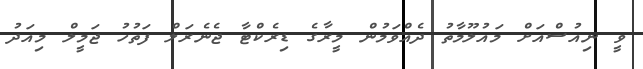
ވީ ނިއުސްއަށް މައުލޫމާތު ދެއްވަމުން މީރާގެ ޑިރެކްޓާ ޖެނެރަލް ފަތުހު ޖަމީލް މިއަދު